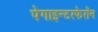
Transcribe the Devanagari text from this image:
पेगाइन्टरफेरॉन